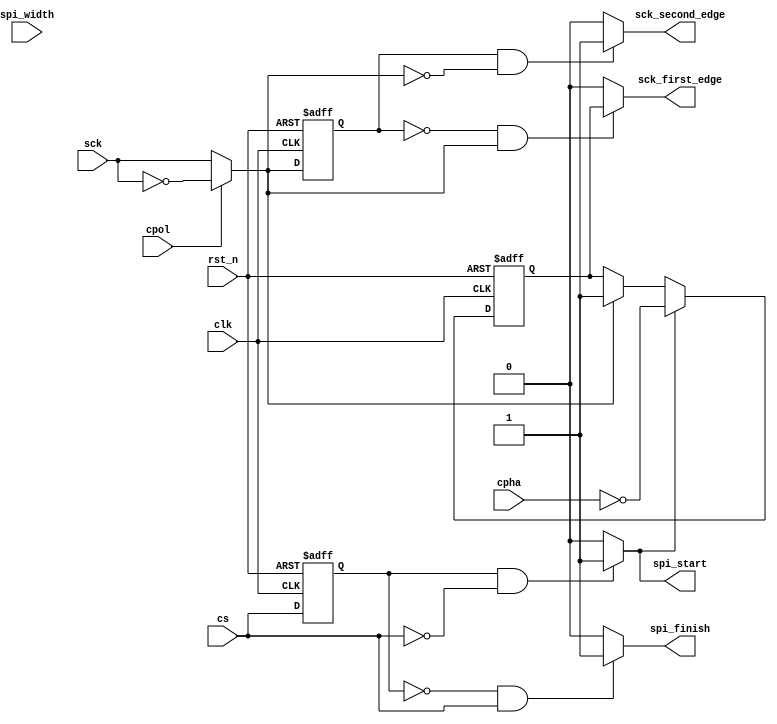
module sck_detect #(
	parameter SPI_MAX_WIDTH_LOG = 4
)(
	input clk,    // Clock
	input rst_n,  // Asynchronous reset active low

	input cpol,
	input cpha,
	input [SPI_MAX_WIDTH_LOG - 1:0]spi_width,

	output sck_first_edge,sck_second_edge,

	input sck,
	input cs,

	output spi_start,spi_finish
);

wire sck_handle = (cpol)?(!sck):sck;
reg cs_last,sck_last;
always @ (posedge clk or negedge rst_n) begin
	if(~rst_n) begin
		{cs_last,sck_last} <= 'b0;
	end else begin
		{cs_last,sck_last} <= {cs,sck_handle};
	end
end

reg first_enable;
always @ (posedge clk or negedge rst_n) begin
	if(~rst_n) begin
		first_enable <= 'b0;
	end else if(spi_start) begin
		first_enable <= ~cpha;
	end else if(sck_handle) begin
		first_enable <= 'b1;
	end
end
assign spi_start = ((cs_last == 1'b1) && (cs == 1'b0))?1'b1:1'b0;
assign spi_finish = ((cs_last == 1'b0) && (cs == 1'b1))?1'b1:1'b0;
assign sck_first_edge = ((sck_last == 1'b0) && (sck_handle == 1'b1))?first_enable:1'b0;
assign sck_second_edge = ((sck_last == 1'b1) && (sck_handle == 1'b0))?1'b1:1'b0;

endmodule